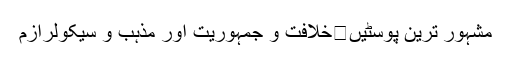
مشہور ترین پوسٹیں	خلافت و جمہوریت اور مذہب و سیکولرازم